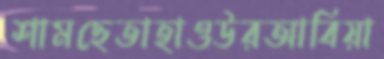
শামছেতাহাওউরআবিয়া